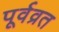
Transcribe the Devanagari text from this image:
पूर्वव्रत